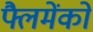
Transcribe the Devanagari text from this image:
फ्लैमेंको